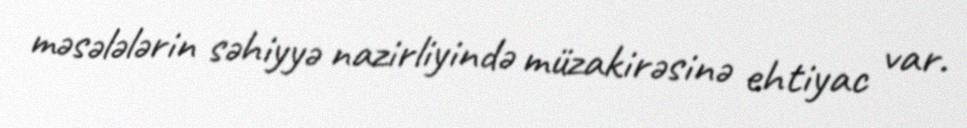
məsələlərin səhiyyə nazirliyində müzakirəsinə ehtiyac var.